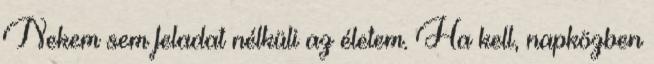
Nekem sem feladat nélküli az életem. Ha kell, napközben